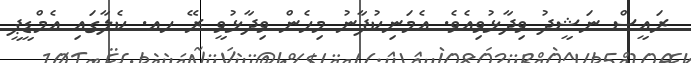
ރައީސް ނަޝީދު ވިދާޅުވިއެވެ. އެމަނިކުފާނު މިހެން ވިދާޅުވީ ރޭ ހއ. ކެލާގައި އެމްޑީޕީ